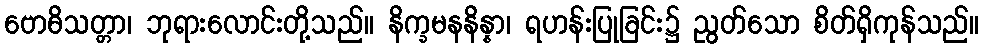
ဗောဓိသတ္တာ၊ ဘုရားလောင်းတို့သည်။ နိက္ခမနနိန္နာ၊ ရဟန်းပြုခြင်း၌ ညွတ်သော စိတ်ရှိကုန်သည်။